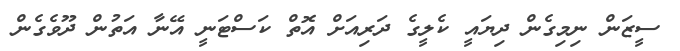
ސީޒަން ނިމިގެން ދިޔައީ ކެލީގެ ދަރިއަށް އޮތް ކަސްޓަނީ އޭނާ އަތުން ދޫވެގެން